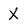
Character: X